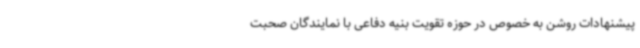
پیشنهادات روشن به خصوص در حوزه تقویت بنیه دفاعی با نمایندگان صحبت